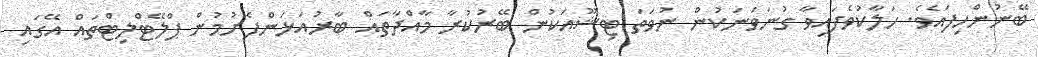
ބޭނުންހިފައެވެ. ހަލާކުވެފައިވާ ގުނަވަނަކުން ނުވަތަ ޓިޝޫއަކުން ބޭރުކުރާ މާއްދާތައް ބާރުއަޅަންފެށުމުން ޕްލޭޓްލިޓްތައް އޭގައި